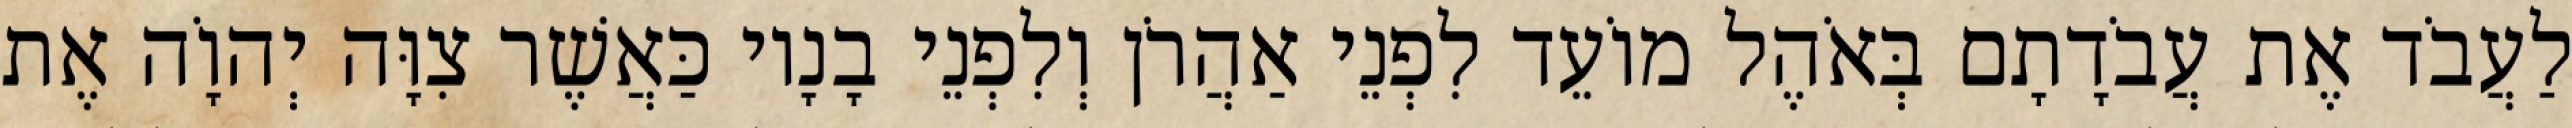
לַעֲבֹד אֶת עֲבֹדָתָם בְּאֹהֶל מוֹעֵד לִפְנֵי אַהֲרֹן וְלִפְנֵי בָנָיו כַּאֲשֶׁר צִוָּה יְהוָֹה אֶת